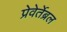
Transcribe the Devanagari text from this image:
प्रेवेर्तेब्रल